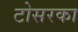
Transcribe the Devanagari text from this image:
टोसरका